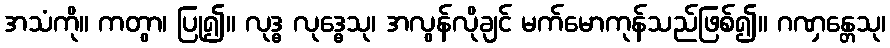
အသံကို။ ကတွာ၊ ပြု၍။ လုဒ္ဓ လုဒ္ဓေသု၊ အလွန်လိုချင် မက်မောကုန်သည်ဖြစ်၍။ ဂဏှန္တေသု၊